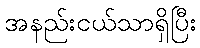
အနည်းငယ်သာရှိပြီး